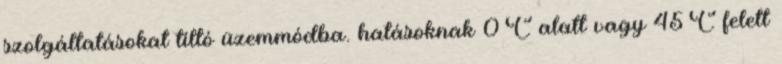
szolgáltatásokat tiltó üzemmódba. hatásoknak 0°C alatt vagy 45°C felett